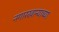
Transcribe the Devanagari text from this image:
नगारखान्याच्या